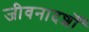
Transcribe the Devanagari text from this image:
जीवनादर्शों